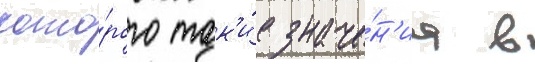
кото́рого так'и́е значе́н'иа в